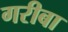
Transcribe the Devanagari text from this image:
गरीबा